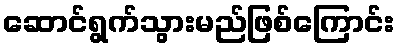
ဆောင်ရွက်သွားမည်ဖြစ်ကြောင်း